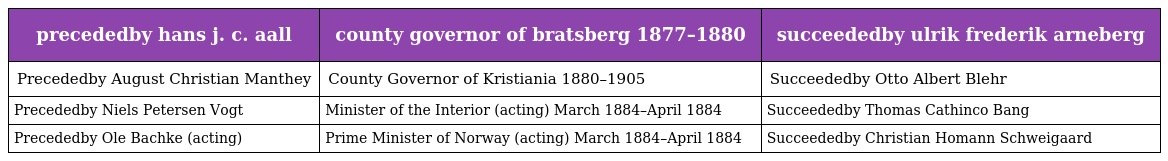
| precededby hans j. c. aall | county governor of bratsberg 1877–1880 | succeededby ulrik frederik arneberg |
 | --- | --- | --- |
 | Precededby August Christian Manthey | County Governor of Kristiania 1880–1905 | Succeededby Otto Albert Blehr |
 | Precededby Niels Petersen Vogt | Minister of the Interior (acting) March 1884–April 1884 | Succeededby Thomas Cathinco Bang |
 | Precededby Ole Bachke (acting) | Prime Minister of Norway (acting) March 1884–April 1884 | Succeededby Christian Homann Schweigaard |